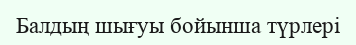
Балдың шығуы бойынша түрлері